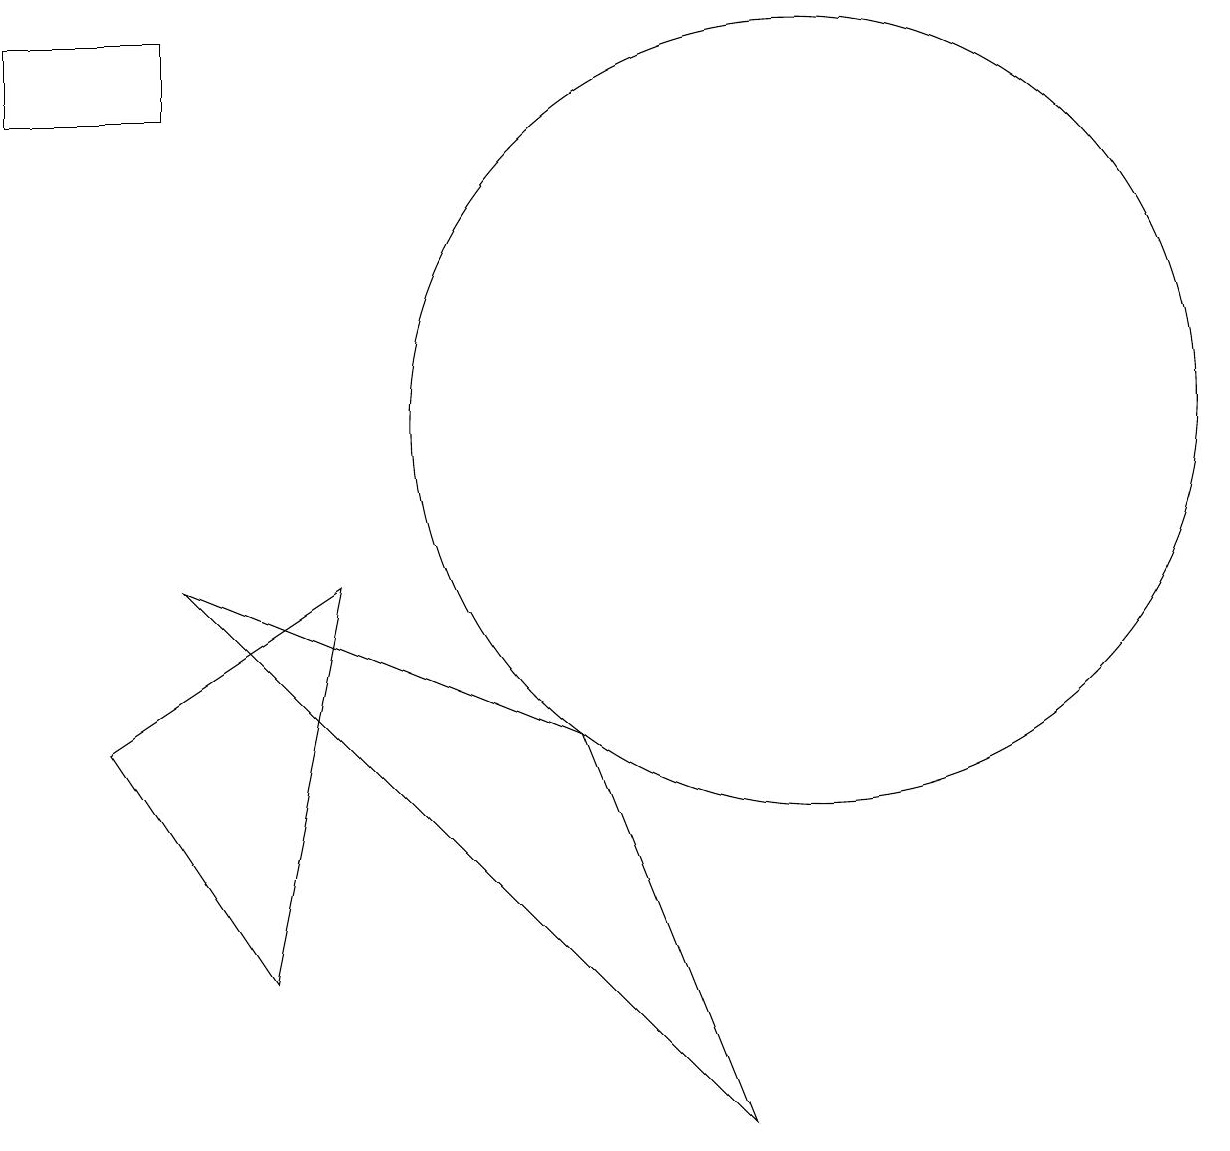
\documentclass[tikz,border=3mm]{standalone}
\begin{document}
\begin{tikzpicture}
\draw (0,14) rectangle (2,15);
\draw (2,8) -- (9,1) -- (7,6) -- cycle;
\draw (10,10) circle (5);
\draw (1,6) -- (3,3) -- (4,8) -- cycle;
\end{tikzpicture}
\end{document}